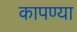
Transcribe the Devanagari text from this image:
कापण्या